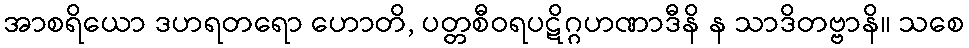
အာစရိယော ဒဟရတရော ဟောတိ, ပတ္တစီဝရပဋိဂ္ဂဟဏာဒီနိ န သာဒိတဗ္ဗာနိ။ သစေ